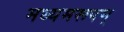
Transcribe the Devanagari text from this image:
मध्यमरूपम्